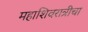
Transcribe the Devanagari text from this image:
महाशिवरात्रीचा